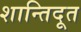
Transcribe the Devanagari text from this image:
शान्तिदूत